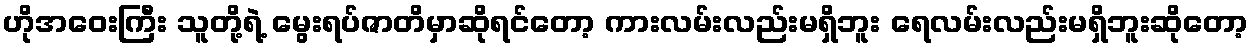
ဟိုအဝေးကြီး သူတို့ရဲ့ မွေးရပ်ဇာတိမှာဆိုရင်တော့ ကားလမ်းလည်းမရှိဘူး ရေလမ်းလည်းမရှိဘူးဆိုတော့